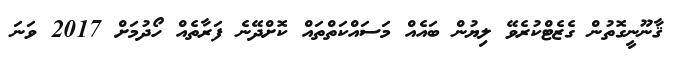
ޤާނޫނީގޮތުން ގެޒެޓްކުރެވޭ ލިޔުން ބައެއް މަސައްކަތްތައް ކޮށްދޭނެ ފަރާތެއް ހޯދުމަށް 2017 ވަނަ